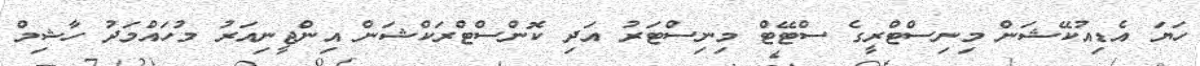
ހަޔަ އެޑިއުކޭޝަން މިނިސްޓްރީގެ ސްޓޭޓް މިނިސްޓަރު އަދި ކޮންސްްޓްރަކްޝަން އިންޖީނިއަރު މުހައްމަދު ހާޝިމް